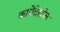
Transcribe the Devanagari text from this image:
कामेदेखील